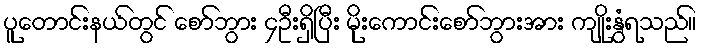
ပူတောင်းနယ်တွင် စော်ဘွား ၄ဦးရှိပြီး မိုးကောင်းစော်ဘွားအား ကျိုးနွံရသည်။